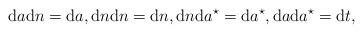
LaTeX: \begin{align*}\mathrm{d}a\mathrm{d}n=\mathrm{d}a,\mathrm{d}n\mathrm{d}n=\mathrm{d}n,\mathrm{d}n\mathrm{d}a^\star=\mathrm{d}a^\star,\mathrm{d}a\mathrm{d}a^\star=\mathrm{d}t,\end{align*}